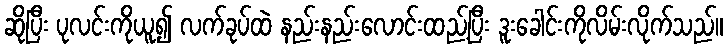
ဆိုပြီး ပုလင်းကိုယူ၍ လက်ခုပ်ထဲ နည်းနည်းလောင်းထည့်ပြီး ဒူးခေါင်းကိုလိမ်းလိုက်သည်။